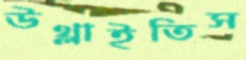
উথ্‌লাইতিস